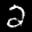
Label: 2